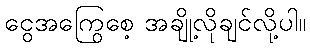
ငွေအကြွေစေ့ အချို့လိုချင်လို့ပါ။